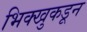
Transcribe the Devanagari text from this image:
भिक्खुकडून